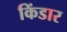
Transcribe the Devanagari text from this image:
किंडार